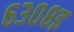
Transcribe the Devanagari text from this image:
६३०८इ